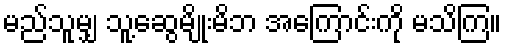
မည်သူမျှ သူ့ဆွေမျိုးမိဘ အကြောင်းကို မသိကြ။